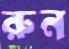
রুন